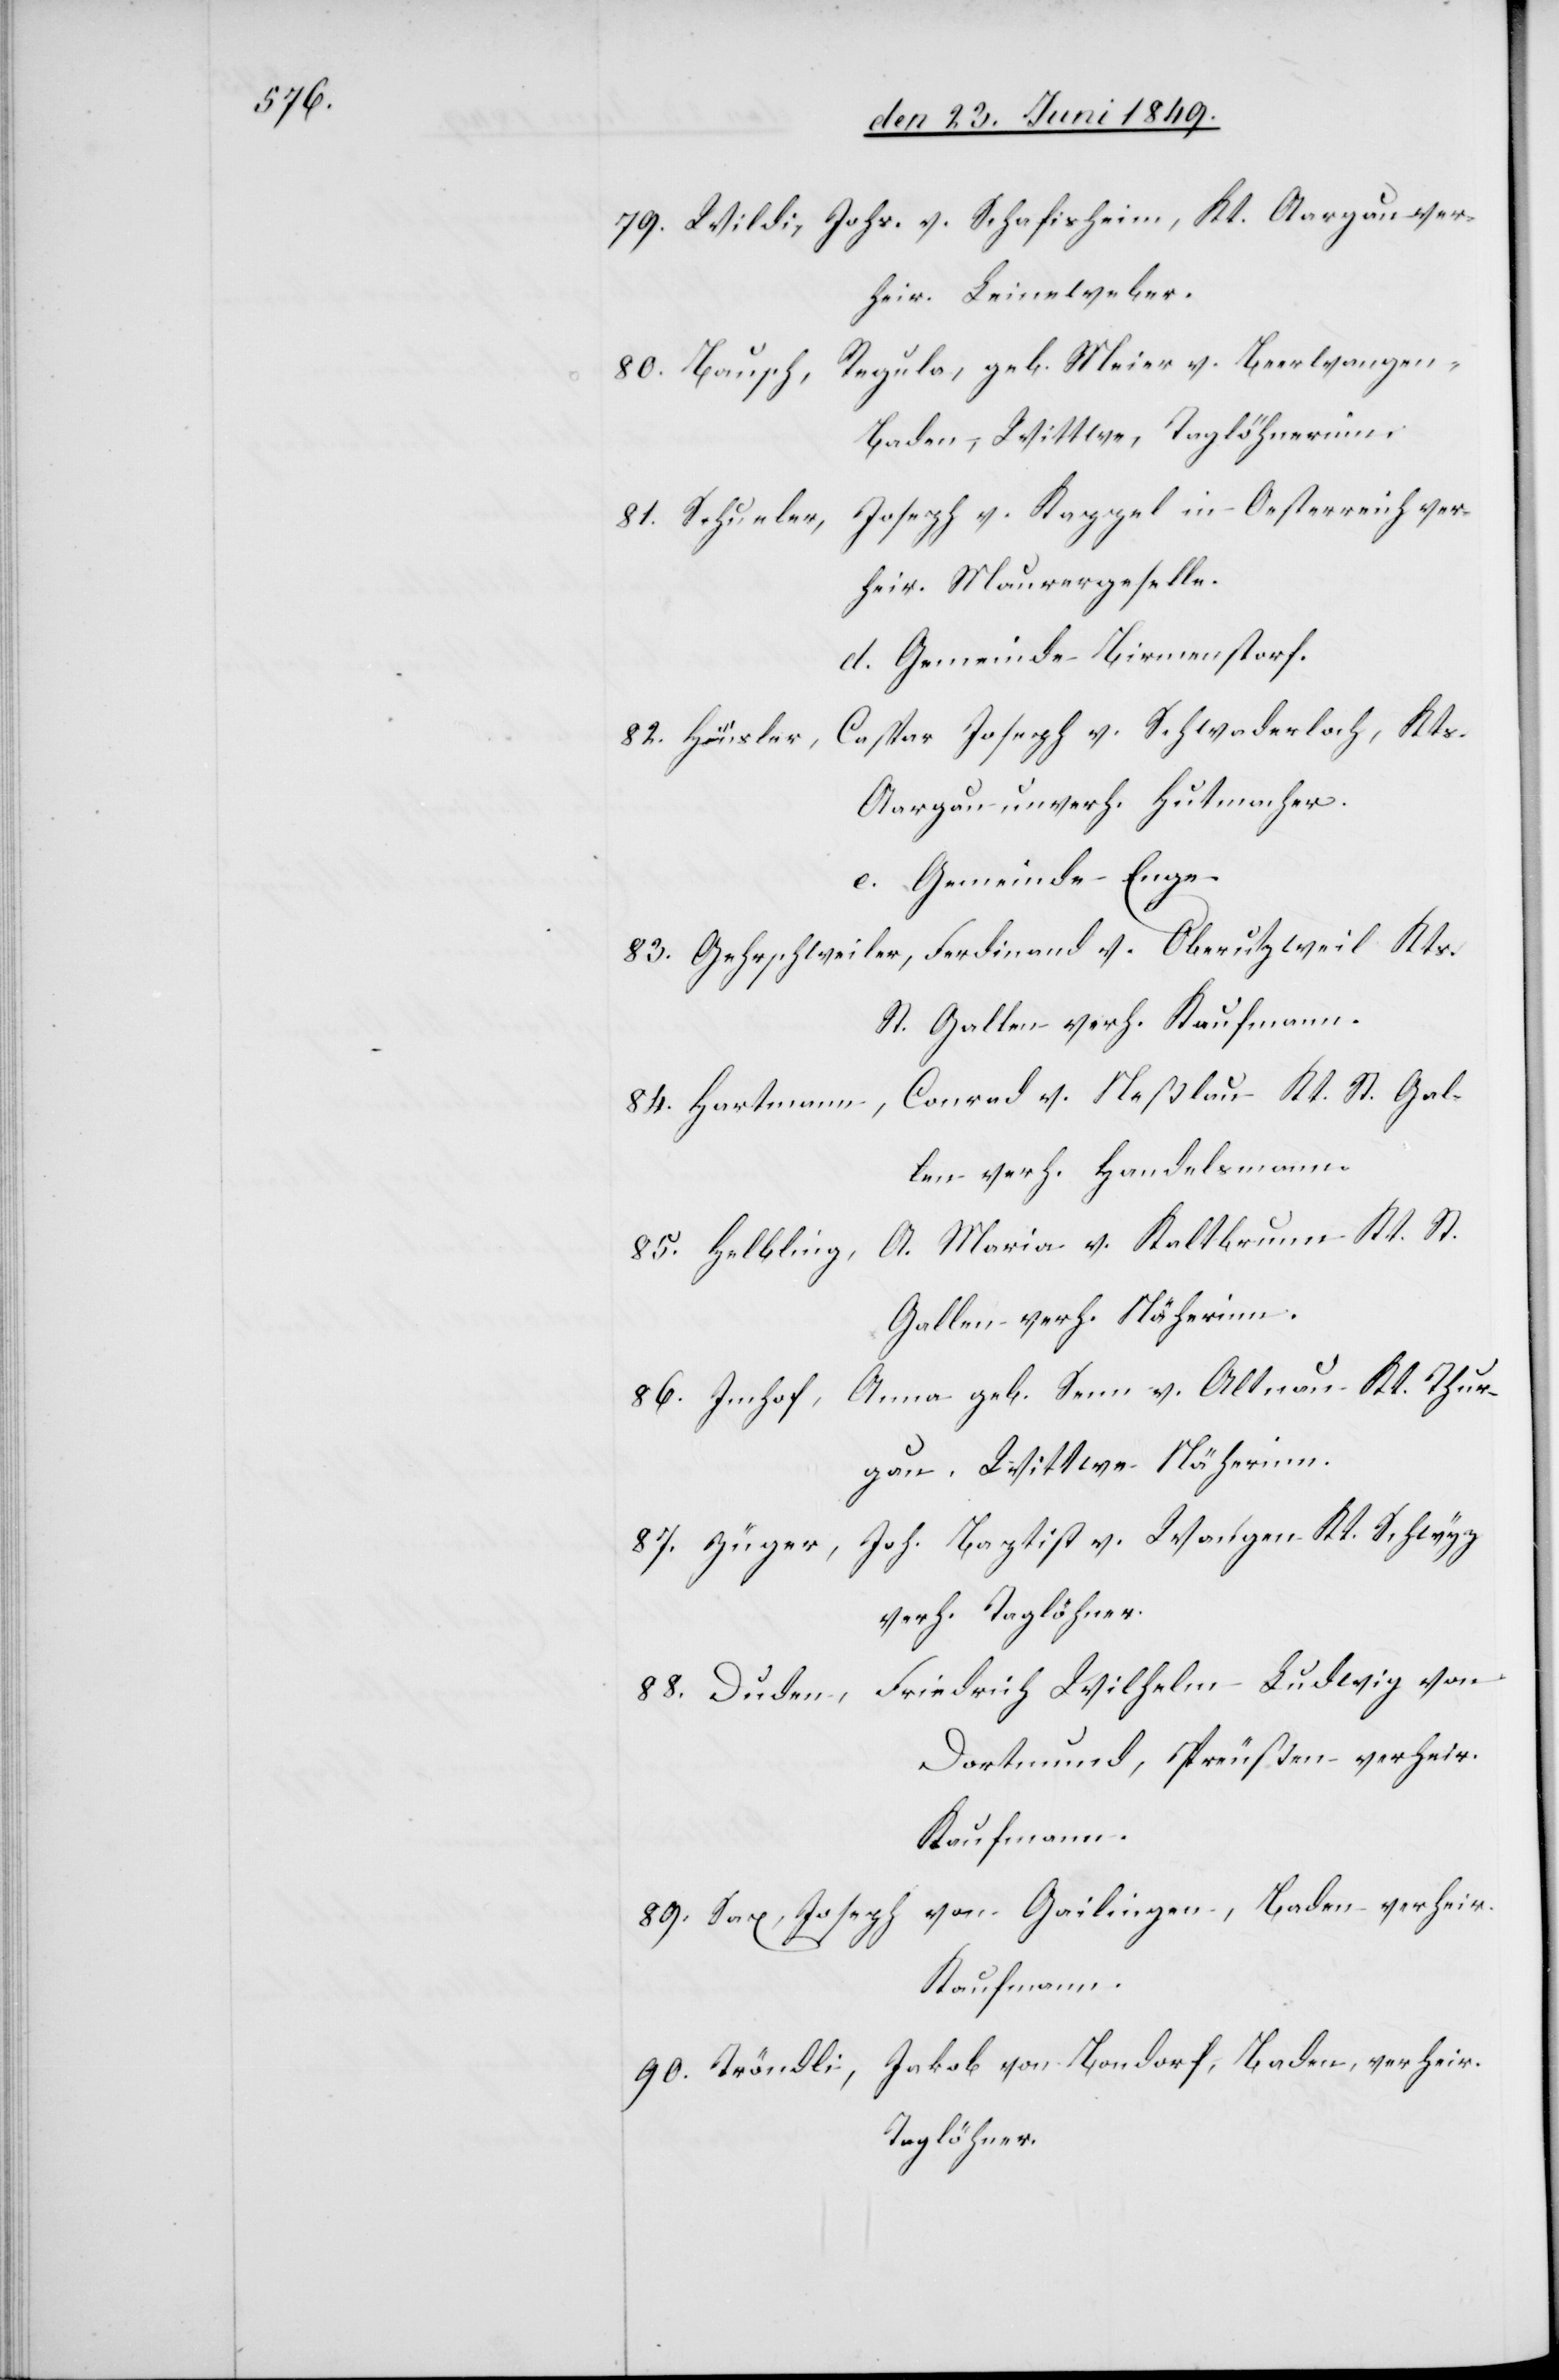
Johs. v. Schafisheim, Kt. Aargau ver¬
79. Wildi,
heir. Leineweber.
Regula, geb. Meier v. Beerwangen
80. Bausch,
Baden, Wittwe, Taglöhnerinn.
81. Schueler, Joseph v. Kappel in Oesterreich ver¬
heir. Maurergeselle.
d. Gemeinde Birmenstorf.
Caspar Joseph v. Schwaderloch, Kts.
82. Häusler,
Aargau unverh. Hutmacher.
e. Gemeinde Enge.
83. Gehrschweiler, Ferdinand v. Oberutzweil Kts.
St. Gallen verh. Kaufmann.
Conrad v. Neßlau Kt. St. Gal¬
84. Hartmann,
len verh. Handelsmann.
A. Maria v. Kaltbrunn Kt. St.
85. Helbling,
Gallen verh. Näherinn.
86. Imhof, Anna geb. Senn v. Altnau Kt. Thur¬
gau, Wittwe Näherinn.
87. Züger, Joh. Baptist v. Wangen Kt. Schwyz
verh. Taglöhner.
Friedrich Wilhelm Ludwig von
88. Duden,
Dortmund, Preußen verheir.
Kaufmann.
von Gailingen, Baden verheir.
89. Sax, Joseph
Kaufmann.
Jakob von Bondorf, Baden, verheir.
90. Tröndli,
Taglöhner.